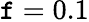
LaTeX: \mathtt{f}=0.1